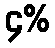
၄%